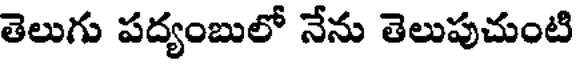
తెలుగు పద్యంబులో నేను తెలుపుచుంటి